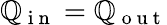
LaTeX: \mathbb{Q}_{\mathrm{{~i~n~}}}=\mathbb{Q}_{\mathrm{{~o~u~t~}}}